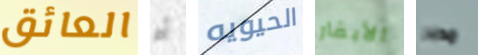
العائق آم الحيويه الأبقار مدبر